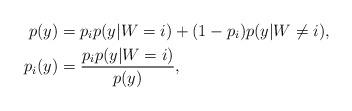
LaTeX: \begin{align*}p(y)&=p_i p(y|W=i)+(1-p_i) p(y|W\neq i),\\p_i(y)&=\frac{p_i p(y|W=i)}{p(y)},\end{align*}